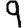
Digit: 9